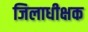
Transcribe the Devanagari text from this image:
जिलाधीक्षक